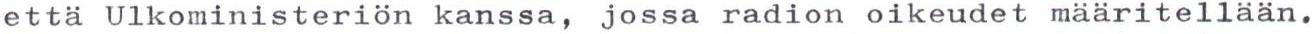
että Ulkoministeriön kanssa, jossa radion oikeudet määritellään.